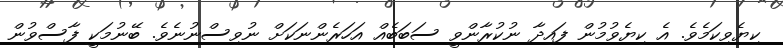
ކިޔެވިކަމެވެ. އެ ކިޔެވުމުން ފައިދާ ނުކުރާންވީ ސަބަބެއް އަހަރެންނަކަށް ނުވިސްނުނެވެ. ބޭނުމަކީ ފާސްވުން